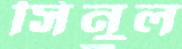
সিনুল